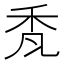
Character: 𮂷